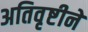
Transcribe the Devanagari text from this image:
अतिवृष्टीने